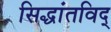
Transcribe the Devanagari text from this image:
सिद्धांतविद्